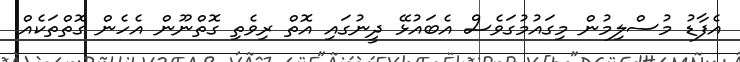
އެފާޑު މުސްލިމުން މިގައުމުގަވެސް އެބައުޅޭ ދީނުގައި އޮތް ރިވެތި ގޮތްނޫން އެހެން ގޮތްތަކެއް